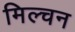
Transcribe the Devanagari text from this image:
मिल्चन